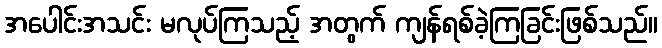
အပေါင်းအသင်း မလုပ်ကြသည့် အတွက် ကျန်ရစ်ခဲ့ကြခြင်းဖြစ်သည်။